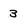
Character: 3